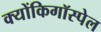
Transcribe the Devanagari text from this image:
क्योंकिगॉस्पेल